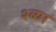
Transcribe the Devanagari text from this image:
श्व्य्म